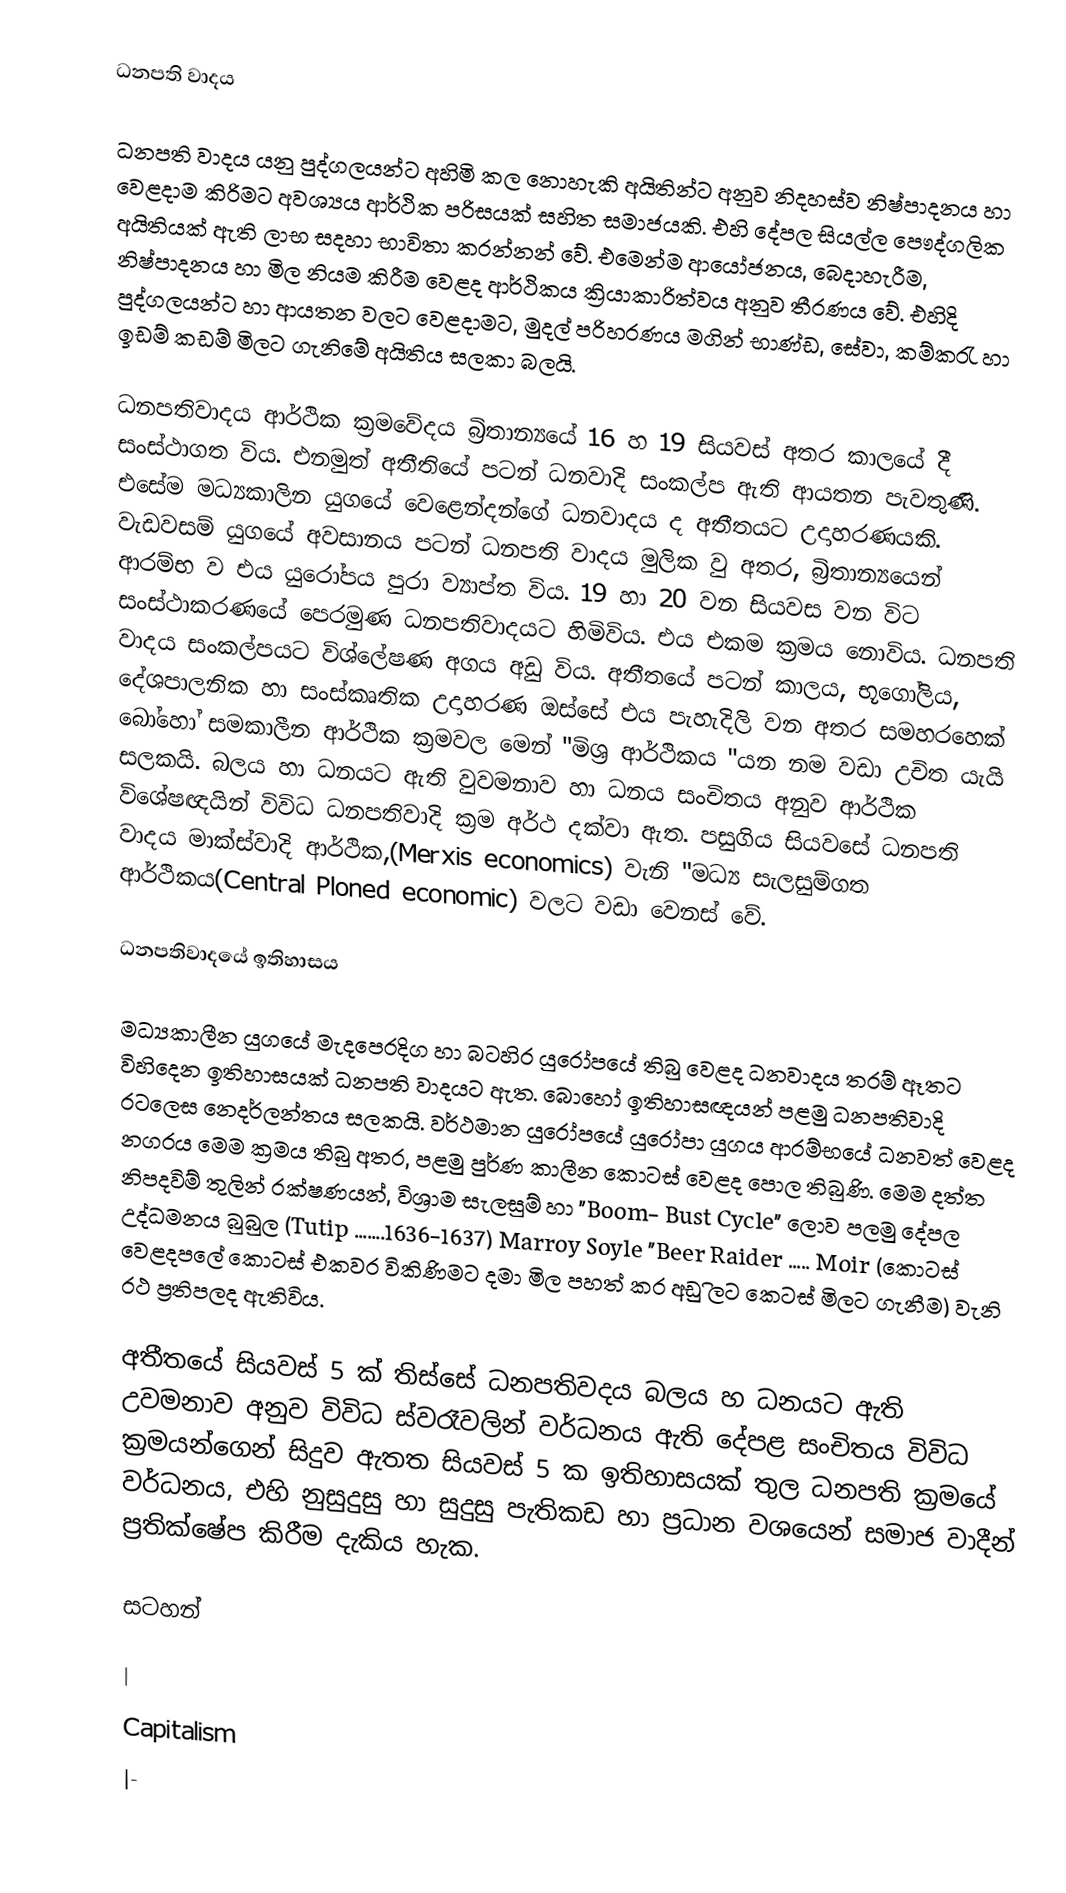
ධනපති වාදය

ධනපති වාදය යනු පුද්ගලයන්ට අහිමි කල ‍‍‍නොහැකි අයිතින්ට අනුව නිදහස්ව නිෂ්පාදනය හා වෙළදාම කිරිමට අවශ්‍යය ආර්ථික පරිසයක් සහිත සමාජයකි. එහි දේපල සියල්ල ‍පෞද්ගලික අයිතියක් ඇති ලාභ සදහා භාවිතා කරන්නන් වේ. එමෙන්ම ආයෝජනය, බෙදාහැරීම, නිෂ්පාදනය හා මිල නියම කිරීම වෙළද ආර්ථිකය ක්‍රියාකාරිත්වය අනුව තීරණය වේ. එහිදි පුද්ගලයන්ට හා ආයතන වලට වෙළදාමට, මුදල් පරිහරණය මගින් භාණ්ඩ, සේවා, කම්කරැ හා ඉඩම් කඩම් මිලට ගැනිමේ අයිතිය සලකා බලයි.

ධනපතිවාදය ආර්ථික ක්‍රමවේදය බ්‍රිතාන්‍යයේ 16 හ 19 සියවස් අතර කාලයේ දී සංස්ථාගත විය.  එනමුත් අතීතියේ පටන් ධනවාදි සංකල්ප ඇති ආයතන පැවතුණි. එසේම මධ්‍යකාලින යුගයේ වෙළෙන්දන්ගේ ධනවාදය ද අතීතයට උදාහරණයකි. වැඩවසම් යුගයේ අවසානය පටන් ධනපති වාදය මුලික වු අතර, බ්‍රිතාන්‍යයෙන් ආරම්භ ව එය යුරෝපය පුරා ව්‍යාප්ත විය. 19 හා 20 වන සියවස වන විට සංස්ථාකරණයේ පෙරමුණ ධනපතිවාදයට හිමිවිය.  එය එකම ක්‍රමය නොවිය. ධනපති වාදය සංකල්පයට විශ්ලේෂණ අගය අඩු විය. අතීතයේ පටන් කාලය, භූගෝලිය, දේශපාලනික හා සංස්කෘතික උදාහරණ ඔස්සේ එය පැහැදිලි වන අතර සමහරහෙක් බෝහෝ සමකාලීන ආර්ථික ක්‍රමවල මෙන් "මිශ්‍ර ආර්ථිකය "යන  නම වඩා උචිත යැයි සලකයි. බලය හා ධනයට ඇති වුවමනාව හා ධනය සංචිතය අනුව ආර්ථික විශේෂඥයින් විවිධ ධනපතිවාදි ක්‍රම අර්ථ දක්වා ඇත. පසුගිය සියවසේ ධනපති වාදය මාක්ස්වාදි ආර්ථික,(Merxis economics) වැනි "මධ්‍ය සැලසුම්ගත ආර්ථිකය(Central Ploned economic) වලට වඩා වෙනස් වේ.

ධනපතිවාදයේ ඉතිහාසය

මධ්‍යකාලීන යුගයේ මැදපෙරදිග හා බටහිර යුරෝපයේ තිබු වෙළද ධනවාදය තරම් ඈතට විහිදෙන ඉතිහාසයක් ධනපති වාදයට ඇත. බොහෝ ඉතිහාසඥයන් පළමු ධනපතිවාදි රටලෙස නෙදර්ලන්තය සලකයි. වර්ථමාන යුරෝපයේ යුරෝපා යුගය ආරම්භයේ ධනවත් වෙළද නගරය මෙම ක්‍රමය තිබු අතර, පළමු පුර්ණ කාලීන කොටස් වෙළද පොල තිබුණි. මෙම දත්ත නිපදවිම් තුලින් රක්ෂණයන්, විශ්‍රාම සැලසුම් හා "Boom- Bust Cycle" ලොව පලමු දේපල උද්ධමනය බුබුල (Tutip …….1636-1637) Marroy Soyle  "Beer Raider  ….. Moir (කොටස් වෙළදපලේ  ‍කොටස් එකවර විකිණිමට දමා මිල පහත් කර අඩු ිලට කෙටස් මිලට ගැනීම) වැනි රථ ප්‍රතිපලද ඇතිවිය.

අතීතයේ සියවස් 5 ක් තිස්සේ ධනපතිවදය බලය හ ධනයට ඇති උවමනාව අනුව විවිධ ස්වරෑවලින් වර්ධනය ඇති දේපළ සංචිතය විවිධ ක්‍රමයන්ගෙන් සිදුව ඇතත සියවස් 5 ක ඉතිහාසයක් තුල ධනපති ක්‍රමයේ වර්ධනය, එහි නුසුදුසු හා සුදුසු පැතිකඩ හා ප්‍රධාන වශයෙන් සමාජ  වාදීන් ප්‍රතික්ෂේප කිරීම දැකිය හැක.

සටහන්

|
Capitalism
|-